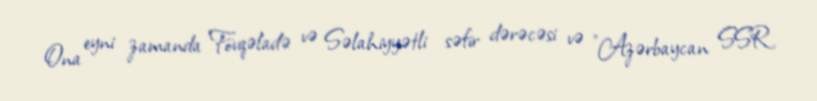
Ona eyni zamanda Fövqəladə və Səlahiyyətli səfir dərəcəsi və "Azərbaycan SSR